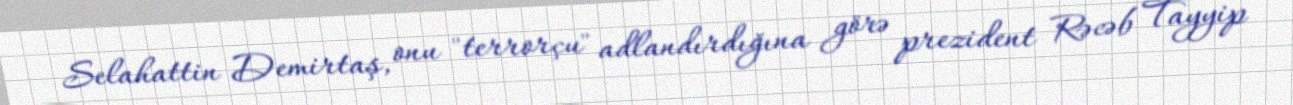
Selahattin Demirtaş, onu "terrorçu" adlandırdığına görə prezident Rəcəb Tayyip